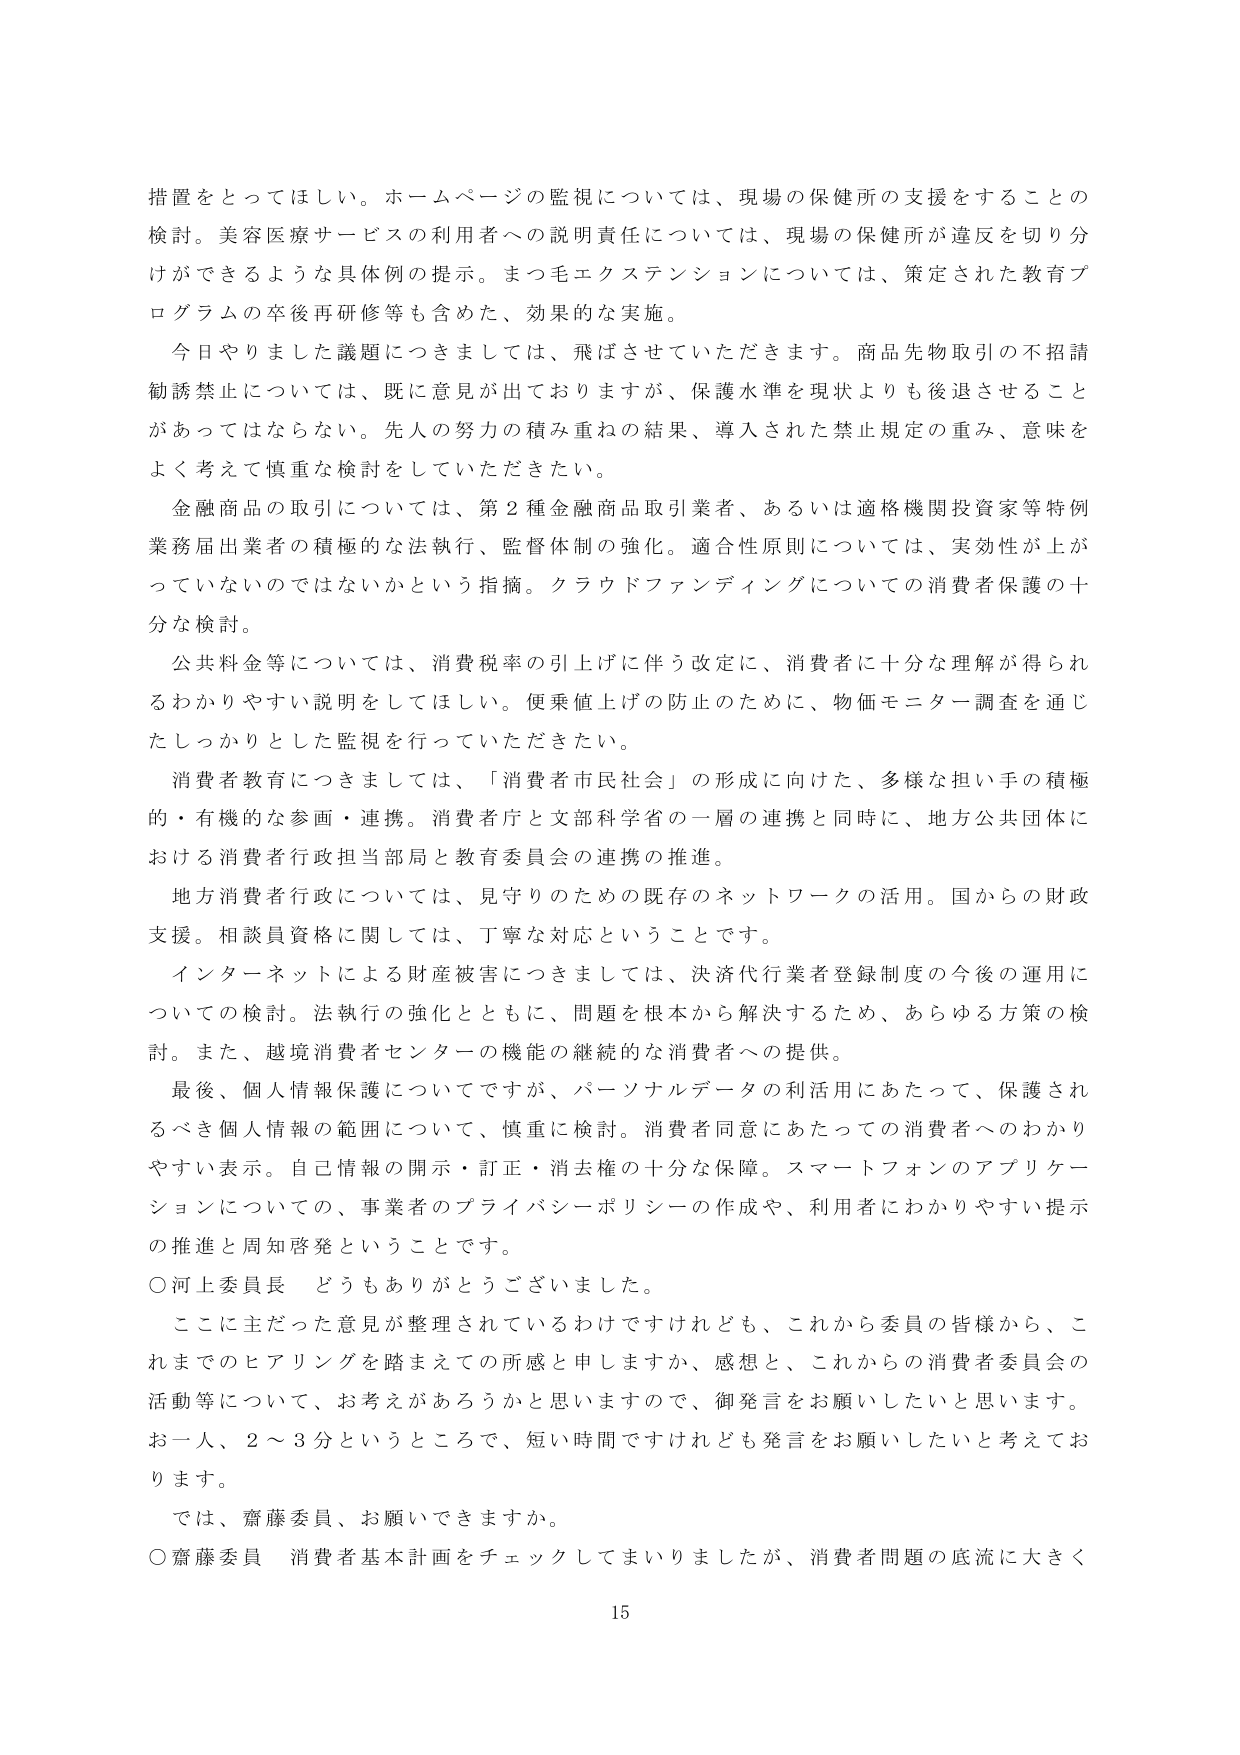
措置をとってほしい。ホームページの監視については、現場の保健所の支援をすることの検討。美容医療サービスの利用者への説明責任については、現場の保健所が違反を切り分けることができるような具体例の提示。まつ毛エクステンションについては、策定された教育プログラムの卒後再研修等も含めた、効果的な実施。

今日やりました議題につきましては、飛ばさせていただきます。商品先物取引の不招請勧誘禁止については、既に意見が出ておりますが、保護水準を現状よりも後退させることがあってはならない。先人の努力の積み重ねの結果、導入された禁止規定の重み、意味をよく考えて慎重な検討をしていただきたい。

金融商品の取引については、第2種金融商品取引業者、あるいは適格機関投資家等特例業務届出業者の積極的な法執行、監督体制の強化。適合性原則については、実効性が上がっていないのではないかという指摘。クラウドファンディングについての消費者保護の十分な検討。

公共料金等については、消費税率の引上げに伴う改定に、消費者に十分な理解が得られるわかりやすい説明をしてほしい。便乗値上げの防止のために、物価モニター調査を通じたしっかりとした監視を行っていただきたい。

消費者教育につきましては、「消費者市民社会」の形成に向けた、多様な担い手の積極的・有機的な参画・連携。消費者庁と文部科学省の一層の連携と同時に、地方公共団体における消費者行政担当部局と教育委員会の連携の推進。

地方消費者行政については、見守りのための既存のネットワークの活用。国からの財政支援。相談員資格に関しては、丁寧な対応ということです。

インターネットによる財産被害につきましては、決済代行業者登録制度の今後の運用についての検討。法執行の強化とともに、問題を根本から解決するため、あらゆる方策の検討。また、越境消費者センターの機能の継続的な消費者への提供。

最後、個人情報保護についてですが、パーソナルデータの利活用にあたって、保護されるべき個人情報の範囲について、慎重に検討。消費者同意にあたっての消費者へのわかりやすい表示。自己情報の開示・訂正・消去権の十分な保障。スマートフォンのアプリケーションについての、事業者のプライバシーポリシーの作成や、利用者にわかりやすい提示の推進と周知啓発ということです。

○河上委員長 どうもありがとうございました。

ここに主だった意見が整理されているわけですが、これから委員の皆様から、これまでのヒアリングを踏まえての所感と申しますか、感想と、これからの消費者委員会の活動等について、お考えがあろうかと思いますので、御発言をお願いしたいと思います。お一人、2～3分というところで、短い時間ですけれども発言をお願いしたいと考えております。

では、齋藤委員、お願いできますか。

○齋藤委員 消費者基本計画をチェックしてまいりましたが、消費者問題の底流に大きく

15